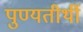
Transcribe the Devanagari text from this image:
पुण्यतीर्थी